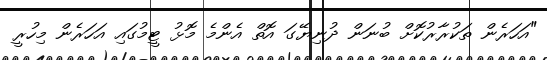
"އަހަރެން ތަކުރާރުކޮށް ބުނަން ދުނިޔޭގަ އޮތް އެންމެ މޮޅު ޓީމުގައި އަހަރެން މިހުރީ